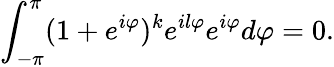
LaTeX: \int_{-\pi}^{\pi}(1+e^{i\varphi})^{k}e^{il\varphi}e^{i\varphi}d\varphi=0.